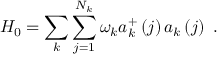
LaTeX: H _ { 0 } = \sum _ { k } \sum _ { j = 1 } ^ { N _ { k } } \omega _ { k } a _ { k } ^ { + } \left( j \right) a _ { k } \left( j \right) \, \, .